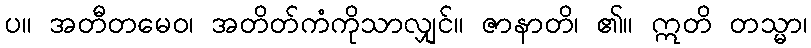
ပ။ အတီတမေဝ၊ အတိတ်ကံကိုသာလျှင်။ ဇာနာတိ၊ ၏။ ဣတိ တသ္မာ၊